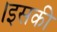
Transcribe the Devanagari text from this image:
।इसकी